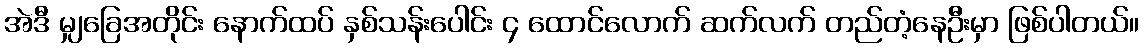
အဲဒီ မျှခြေအတိုင်း နောက်ထပ် နှစ်သန်းပေါင်း ၄ ထောင်လောက် ဆက်လက် တည်တံ့နေဦးမှာ ဖြစ်ပါတယ်။